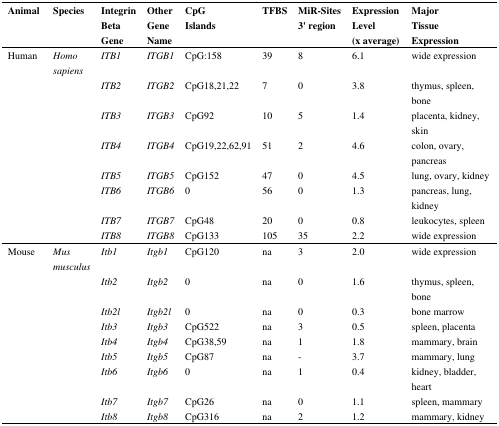
<table><thead><tr><td><b>Animal</b></td><td><b>Species</b></td><td><b>Integrin Beta Gene</b></td><td><b>Other Gene Name</b></td><td><b>CpG Islands</b></td><td><b>TFBS</b></td><td><b>MiR-Sites 3′ region</b></td><td><b>Expression Level (x average)</b></td><td><b>Major Tissue Expression</b></td></tr></thead><tbody><tr><td>Human</td><td><i>Homo sapiens</i></td><td><i>ITB1</i></td><td><i>ITGB1</i></td><td>CpG:158</td><td>39</td><td>8</td><td>6.1</td><td>wide expression</td></tr><tr><td></td><td></td><td><i>ITB2</i></td><td><i>ITGB2</i></td><td>CpG18,21,22</td><td>7</td><td>0</td><td>3.8</td><td>thymus, spleen, bone</td></tr><tr><td></td><td></td><td><i>ITB3</i></td><td><i>ITGB3</i></td><td>CpG92</td><td>10</td><td>5</td><td>1.4</td><td>placenta, kidney, skin</td></tr><tr><td></td><td></td><td><i>ITB4</i></td><td><i>ITGB4</i></td><td>CpG19,22,62,91</td><td>51</td><td>2</td><td>4.6</td><td>colon, ovary, pancreas</td></tr><tr><td></td><td></td><td><i>ITB5</i></td><td><i>ITGB5</i></td><td>CpG152</td><td>47</td><td>0</td><td>4.5</td><td>lung, ovary, kidney</td></tr><tr><td></td><td></td><td><i>ITB6</i></td><td><i>ITGB6</i></td><td>0</td><td>56</td><td>0</td><td>1.3</td><td>pancreas, lung, kidney</td></tr><tr><td></td><td></td><td><i>ITB7</i></td><td><i>ITGB7</i></td><td>CpG48</td><td>20</td><td>0</td><td>0.8</td><td>leukocytes, spleen</td></tr><tr><td></td><td></td><td><i>ITB8</i></td><td><i>ITGB8</i></td><td>CpG133</td><td>105</td><td>35</td><td>2.2</td><td>wide expression</td></tr><tr><td>Mouse</td><td><i>Mus musculus</i></td><td><i>Itb1</i></td><td><i>Itgb1</i></td><td>CpG120</td><td>na</td><td>3</td><td>2.0</td><td>wide expression</td></tr><tr><td></td><td></td><td><i>Itb2</i></td><td><i>Itgb2</i></td><td>0</td><td>na</td><td>0</td><td>1.6</td><td>thymus, spleen, bone</td></tr><tr><td></td><td></td><td><i>Itb2l</i></td><td><i>Itgb2l</i></td><td>0</td><td>na</td><td>0</td><td>0.3</td><td>bone marrow</td></tr><tr><td></td><td></td><td><i>Itb3</i></td><td><i>Itgb3</i></td><td>CpG522</td><td>na</td><td>3</td><td>0.5</td><td>spleen, placenta</td></tr><tr><td></td><td></td><td><i>Itb4</i></td><td><i>Itgb4</i></td><td>CpG38,59</td><td>na</td><td>1</td><td>1.8</td><td>mammary, brain</td></tr><tr><td></td><td></td><td><i>Itb5</i></td><td><i>Itgb5</i></td><td>CpG87</td><td>na</td><td>-</td><td>3.7</td><td>mammary, lung</td></tr><tr><td></td><td></td><td><i>Itb6</i></td><td><i>Itgb6</i></td><td>0</td><td>na</td><td>1</td><td>0.4</td><td>kidney, bladder, heart</td></tr><tr><td></td><td></td><td><i>Itb7</i></td><td><i>Itgb7</i></td><td>CpG26</td><td>na</td><td>0</td><td>1.1</td><td>spleen, mammary</td></tr><tr><td></td><td></td><td><i>Itb8</i></td><td><i>Itgb8</i></td><td>CpG316</td><td>na</td><td>2</td><td>1.2</td><td>mammary, kidney</td></tr></tbody></table>